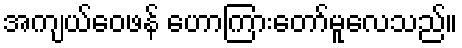
အကျယ်ဝေဖန် ဟောကြားတော်မူလေသည်။